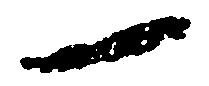
一